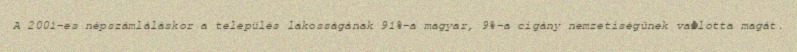
A 2001-es népszámláláskor a település lakosságának 91%-a magyar, 9%-a cigány nemzetiségűnek vallotta magát.